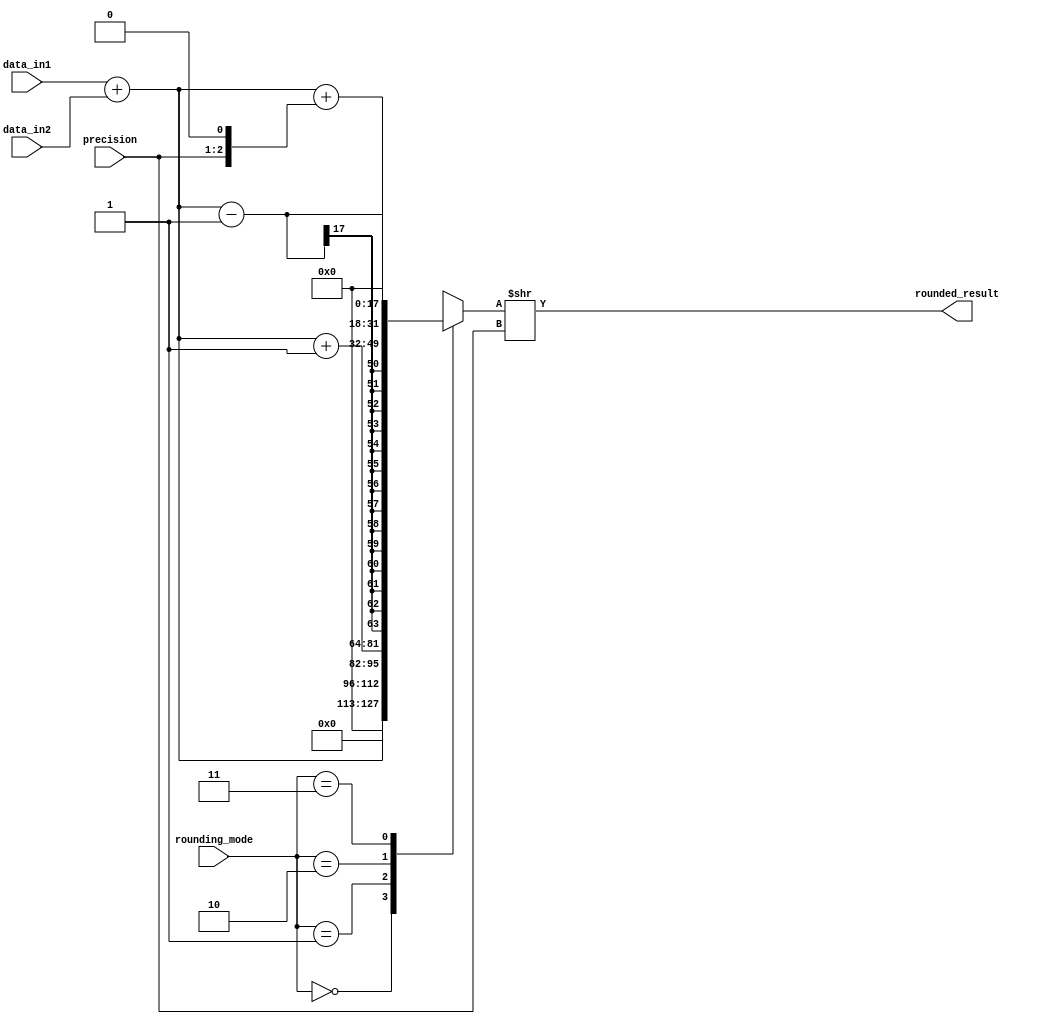
module FixedPointRoundingUnit(
    input [15:0] data_in1,
    input [15:0] data_in2,
    input [1:0] rounding_mode,
    input [1:0] precision,
    output reg [15:0] rounded_result
);

reg [31:0] result;

always @(*)
begin
    case(rounding_mode)
        2'b00: result = data_in1 + data_in2; // Round towards zero
        2'b01: result = data_in1 + data_in2 + 1; // Round towards positive infinity
        2'b10: result = data_in1 + data_in2 - 1; // Round towards negative infinity
        2'b11: result = data_in1 + data_in2 + (precision << 1); // Round towards nearest
    endcase
    
    rounded_result = result >> precision;
end

endmodule